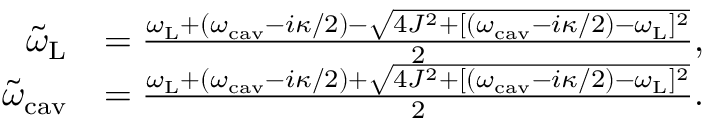
\begin{array} { r l } { \tilde { \omega } _ { \mathrm { L } } } & { = \frac { \omega _ { \mathrm { L } } + ( \omega _ { \mathrm { c a v } } - i \kappa / 2 ) - \sqrt { 4 J ^ { 2 } + [ ( \omega _ { \mathrm { c a v } } - i \kappa / 2 ) - \omega _ { \mathrm { L } } ] ^ { 2 } } } { 2 } , } \\ { \tilde { \omega } _ { \mathrm { c a v } } } & { = \frac { \omega _ { \mathrm { L } } + ( \omega _ { \mathrm { c a v } } - i \kappa / 2 ) + \sqrt { 4 J ^ { 2 } + [ ( \omega _ { \mathrm { c a v } } - i \kappa / 2 ) - \omega _ { \mathrm { L } } ] ^ { 2 } } } { 2 } . } \end{array}